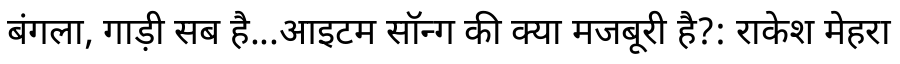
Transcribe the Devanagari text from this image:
बंगला, गाड़ी सब है...आइटम सॉन्ग की क्या मजबूरी है?: राकेश मेहरा